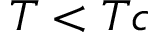
T < T c